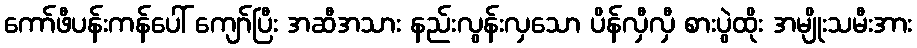
ကော်ဖီပန်းကန်ပေါ် ကျော်ပြီး အဆီအသား နည်းလွန်းလှသော ပိန်လှီလှီ စားပွဲထိုး အမျိုးသမီးအား